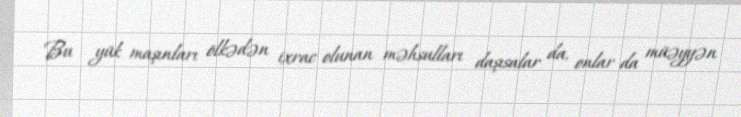
Bu yük maşınları ölkədən ixrac olunan məhsulları daşısalar da, onlar da müəyyən